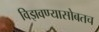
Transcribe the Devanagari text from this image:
विझवण्यासोबतच